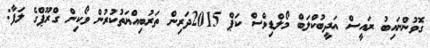
ގޮވުންނައިބު ރައީސް އަދީބުކްލަބް މޯލްޑިވްސް ކަޕް 2015ދަރިން ތަރުބިއްޔަތުކުރުން ވޯކިން ގްރޫޕްގެ ލަފާ: